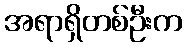
အရာရှိတစ်ဦးက